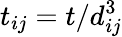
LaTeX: t_{ij}=t/d_{ij}^{3}